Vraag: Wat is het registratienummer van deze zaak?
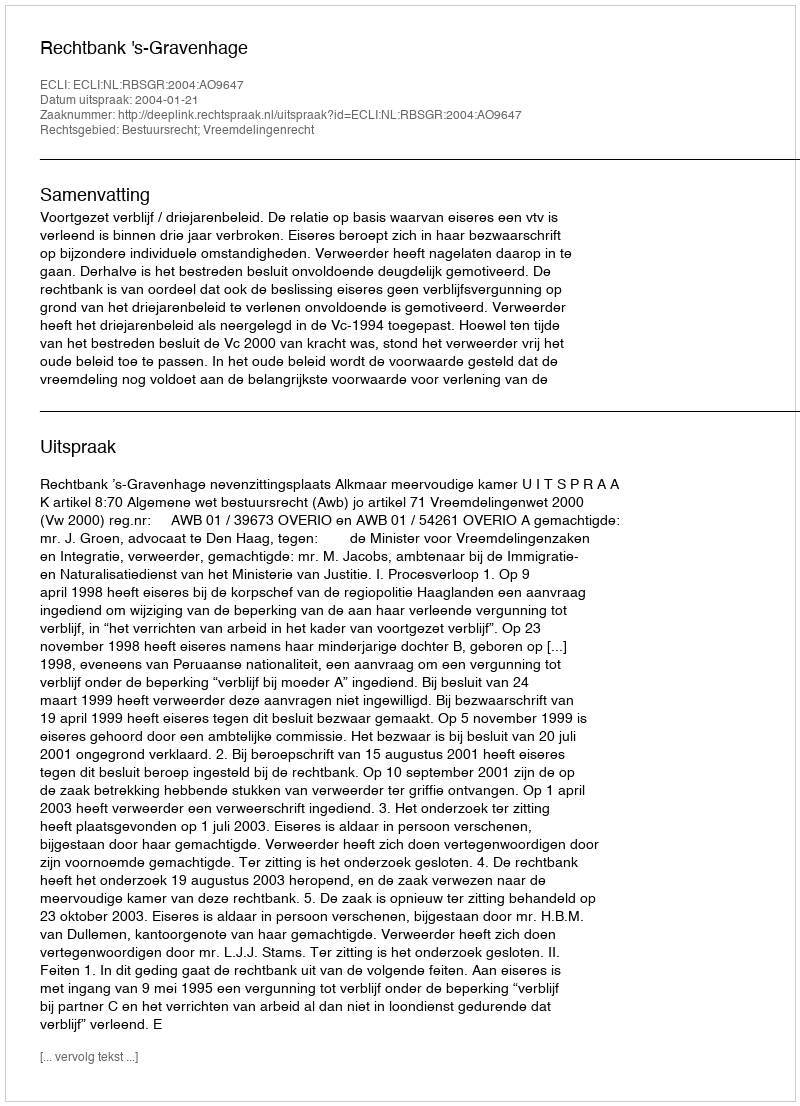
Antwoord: http://deeplink.rechtspraak.nl/uitspraak?id=ECLI:NL:RBSGR:2004:AO9647